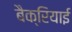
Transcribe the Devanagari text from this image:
बैक्रियाई